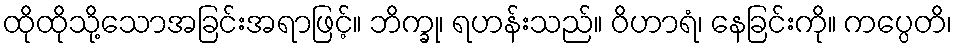
ထိုထိုသို့သောအခြင်းအရာဖြင့်။ ဘိက္ခု၊ ရဟန်းသည်။ ဝိဟာရံ၊ နေခြင်းကို။ ကပ္ပေတိ၊